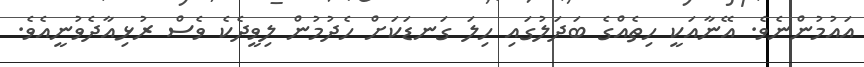
އައުމުންނެވެ. އޭނާއަކީ ހިތެއްގެ ބަދަލުގައި ހިލަ ގަނޑަކަށް ހެދުމުން ލިވީދެކެ ވެސް ރުޅިއާދެވުނީއެވެ.